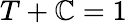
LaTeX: T+\mathbb{C}=1